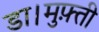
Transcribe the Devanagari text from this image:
डा।मुफ़्ती